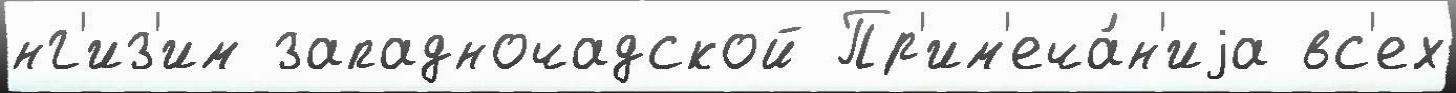
нг'из'им западночадской Пр'им'еча́н'иjа вс'ех